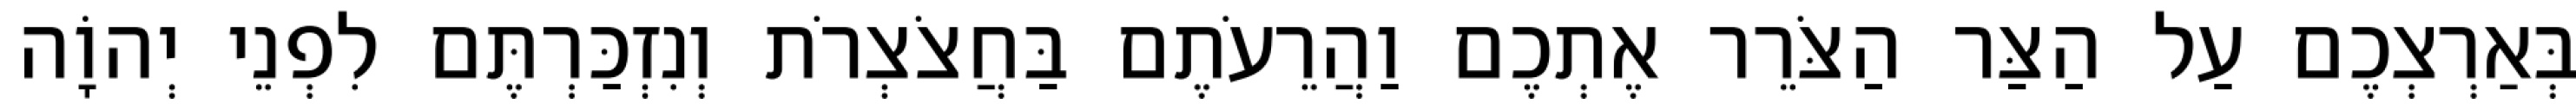
בְּאַרְצְכֶם עַל הַצַּר הַצֹּרֵר אֶתְכֶם וַהֲרֵעֹתֶם בַּחֲצֹצְרֹת וְנִזְכַּרְתֶּם לִפְנֵי יְהוָֹה